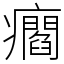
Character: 㿕